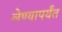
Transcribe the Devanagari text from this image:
लेण्यापर्यंत